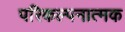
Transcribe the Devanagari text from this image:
परिकल्‍पनात्‍मक